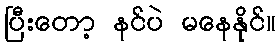
ပြီးတော့ နင်ပဲ မနေနိုင်။